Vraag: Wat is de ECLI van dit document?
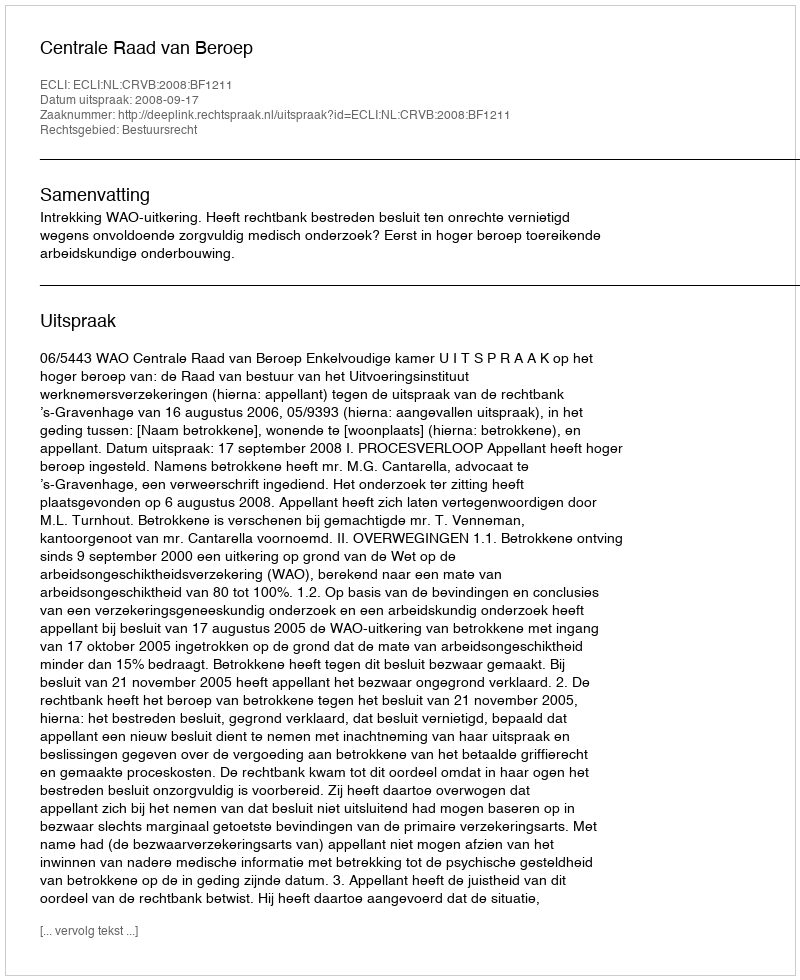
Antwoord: ECLI:NL:CRVB:2008:BF1211